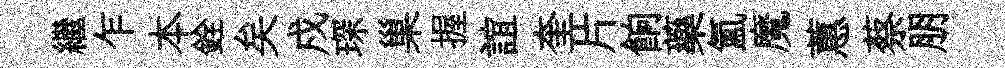
繼乍本銓矣戍琛巢握誼奎片餉藥氳魔蕙蔡朋